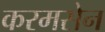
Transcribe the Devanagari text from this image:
करमसेन